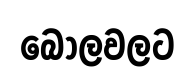
බෝලවලට